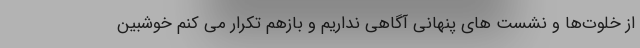
از خلوت‌ها و نشست های پنهانی آگاهی نداریم و بازهم تکرار می کنم خوشبین